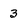
Character: 3